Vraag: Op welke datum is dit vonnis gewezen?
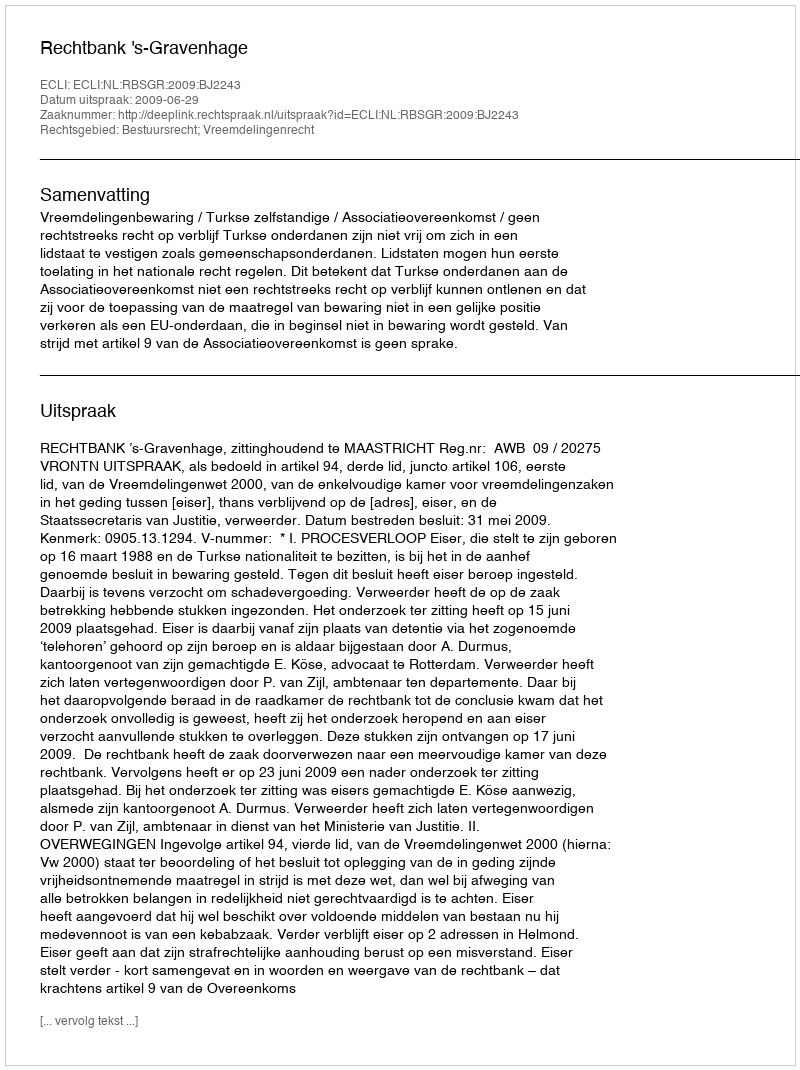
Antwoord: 2009-06-29